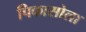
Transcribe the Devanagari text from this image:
पिकासोला